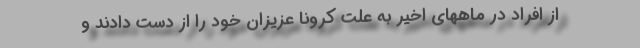
از افراد در ماههای اخیر به علت کرونا عزیزان خود را از دست دادند و